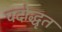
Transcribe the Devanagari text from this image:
पदोद्धृत